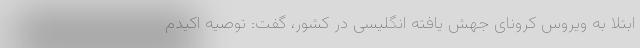
ابتلا به ویروس کرونای جهش یافته انگلیسی در کشور، گفت: توصیه اکیدم